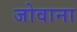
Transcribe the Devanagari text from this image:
जोवाना